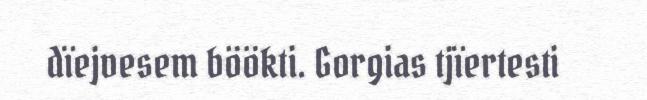
dïejvesem böökti. Gorgias tjïertesti